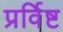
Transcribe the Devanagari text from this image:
प्रर्विष्ट